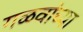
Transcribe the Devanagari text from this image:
गळवांच्या